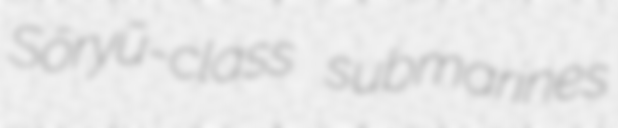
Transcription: Sōryū-class submarines